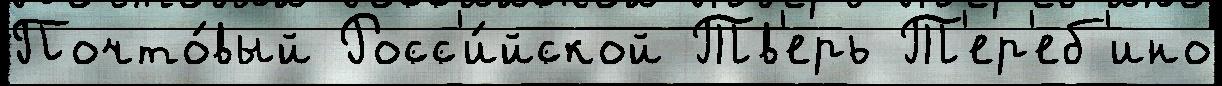
Почто́вый Росс'и́йской Тв'ерь Т'ер'еб'ино